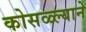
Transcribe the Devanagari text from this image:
कोसळ्ल्याने